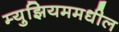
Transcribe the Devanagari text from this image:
म्युझियममधील